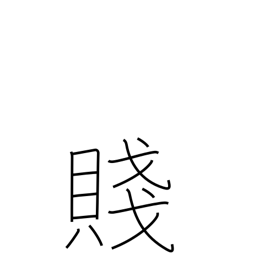
Meaning: poverty